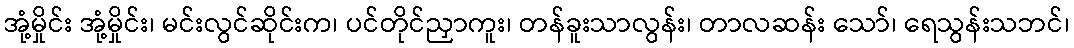
အုံ့မှိုင်း အုံ့မှိုင်း၊ မင်းလွင်ဆိုင်းက၊ ပင်တိုင်ညှာကူး၊ တန်ခူးသာလွန်း၊ တာလဆန်း သော်၊ ရေသွန်းသဘင်၊